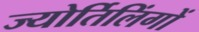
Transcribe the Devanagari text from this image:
ज्‍योर्तिलिंगों